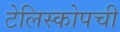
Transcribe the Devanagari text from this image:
टेलिस्कोपची